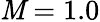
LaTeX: \mathit{M}=1.0